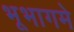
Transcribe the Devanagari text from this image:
भूभागमे